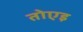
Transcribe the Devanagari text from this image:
तोएइ